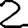
Digit: 2